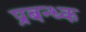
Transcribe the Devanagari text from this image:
प्रबन्ध्क